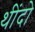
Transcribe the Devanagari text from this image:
थींदो